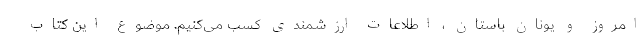
امروز و یونان باستان ، اطلاعات ارزشمندی کسب می‌کنیم. موضوع این کتاب